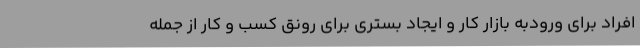
افراد برای ورودبه بازار کار و ایجاد بستری برای رونق کسب و کار از جمله